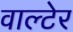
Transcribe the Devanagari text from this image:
वाल्टेर